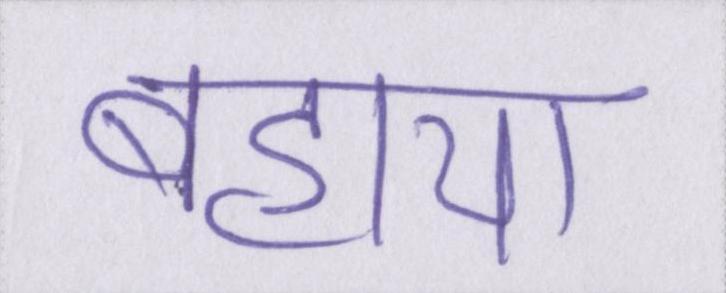
बहाया